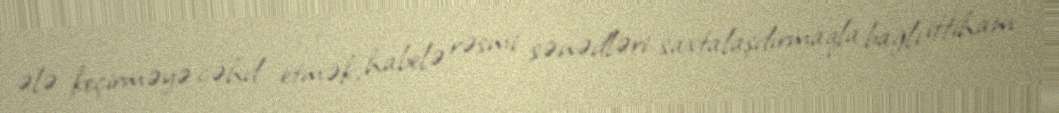
ələ keçirməyə cəhd etmək, habelə rəsmi sənədləri saxtalaşdırmaqla bağlı ittiham